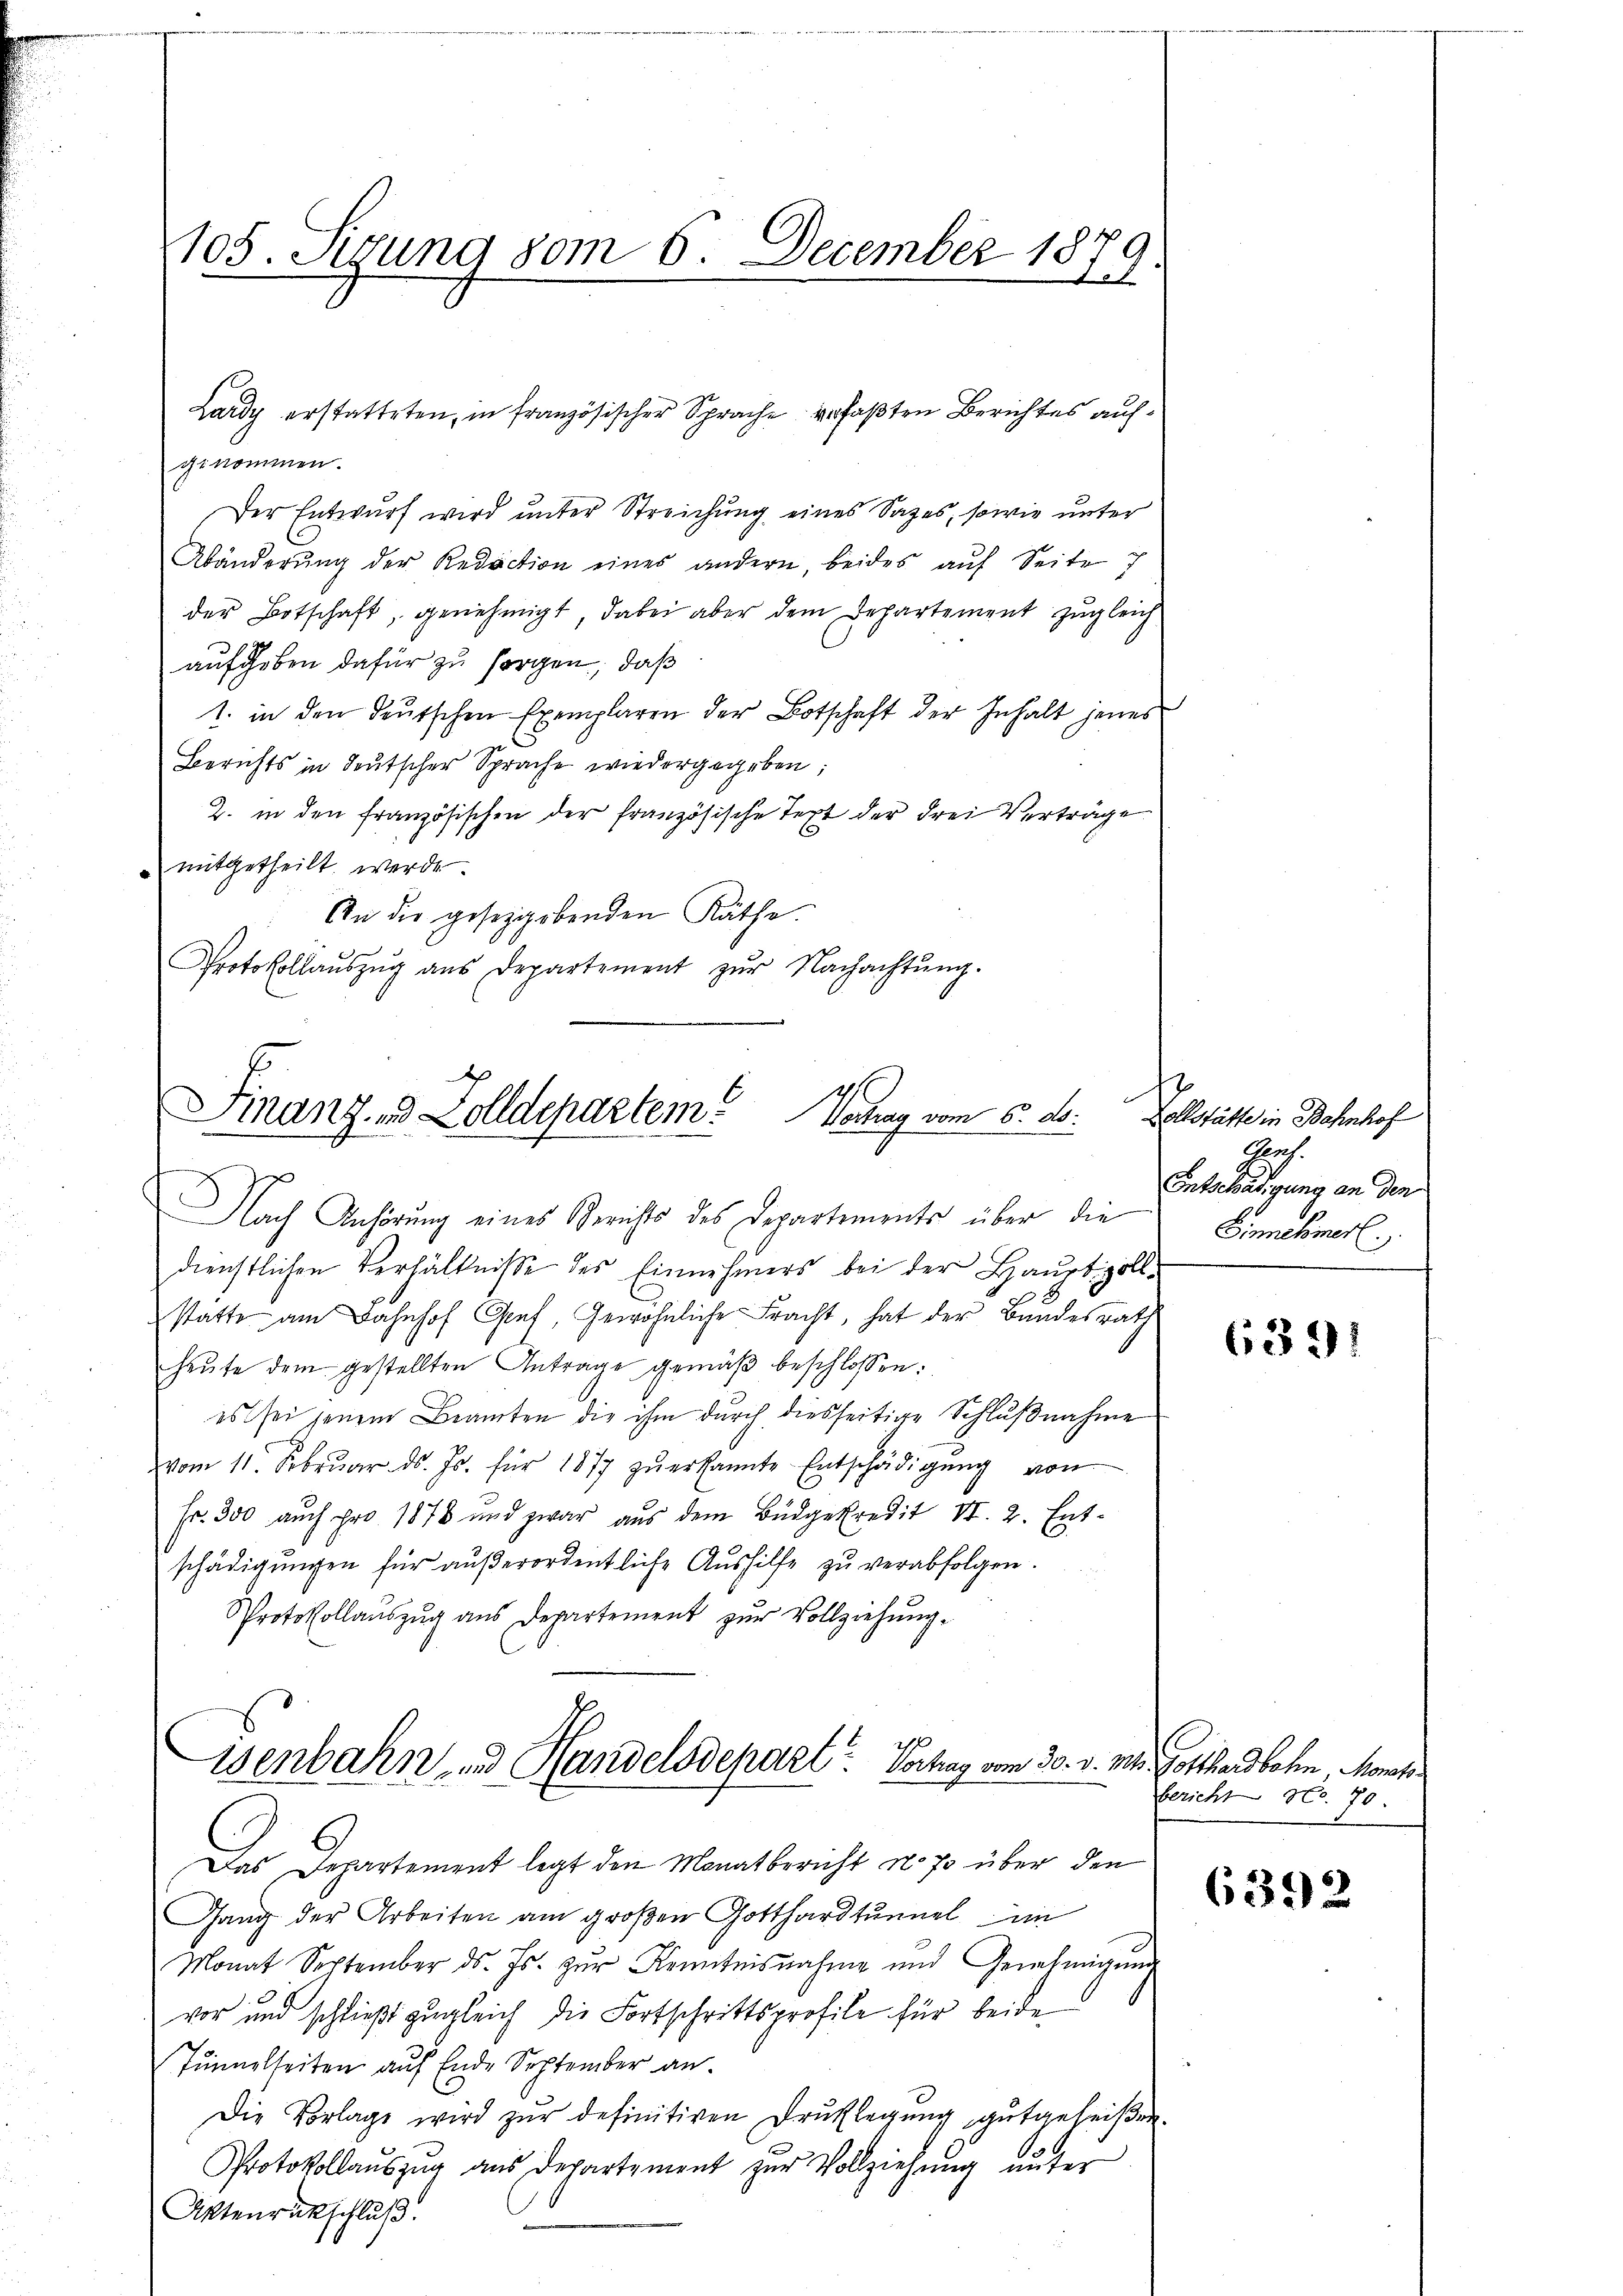
genommen.
Der Entwurf wird unter Streichung eines Sazes, sowie unter
Abänderŭng der Redaction eines andern, beides aŭf Seite 7
der Botschaft, genehmigt, dabei aber dem Departement zugleich
aufgeben dafür zu sorgen, daß
1. in den deutschen Exemplaren der Botschaft der Inhalt jenes
Berichts in deutscher Sprache wiedergegeben;
Z. in den französischen der französische Text der drei Verträge
mitgetheilt werde.
An die gesetzgebenden Räthe.
Protokollaŭszŭg aŭs Departement zŭr Nachachtŭng.

105. Sizung vom 6. December 1879.

Lardy erstatteten, in französischer Sprache verfaßten Berichtes auf¬

Finanz-d Zolldepartem Vertrag vom 5. ds.

Das Departement legt den Monatbericht No 70 über den
Gang der Arbeiten am großen Gotthardtunnel im
Monat September ds. Js. zŭr Kenntnisnahme und Genehmigŭng
vor und schließt zugleich die Fortschrittsprofile für beide
Junnelseiten auf Ende September an.
Die Vorlage wird zŭr definitiven Drŭcklegŭng gutgeheiβen.
Protokollaŭszŭg aŭs departement zŭr Vollziehŭng ŭnter
Aktenrückschluß.

senbahn und Handelsdepart Vortrag vom 30. v. Mts. Gotthardbahn, Monats¬

Nach Anhörung eines Gerichts des Departements über die
dienstlichen Verhältniße des Einnehmers bei der Hauptzoll-
statte am Bahnhof Genf, Gewöhnliche Fracht, hat der Bundesrath
heute dem gestellten Antrage gemäβ beschlossen:
es sei jenem Beamten die ihm durch diesseitige Schlŭβnahme
vom 11. Febrŭar d. Js. für 1877 zŭerkannte Entschädigŭng von
Fr. 300 auch pro 1878 und zwar aus dem Büdgekredit St. 2. Entschädigŭngen für aŭβerordentliche Aŭshilfe zŭ verabfolgen.
Protokollaŭszŭg aŭs Departement zŭr Vollziehŭng

Vollstätte in Bahnhof
Rh.
Entschädigung an den
Ginnehmer.

6391

bericht No. 70.

6392